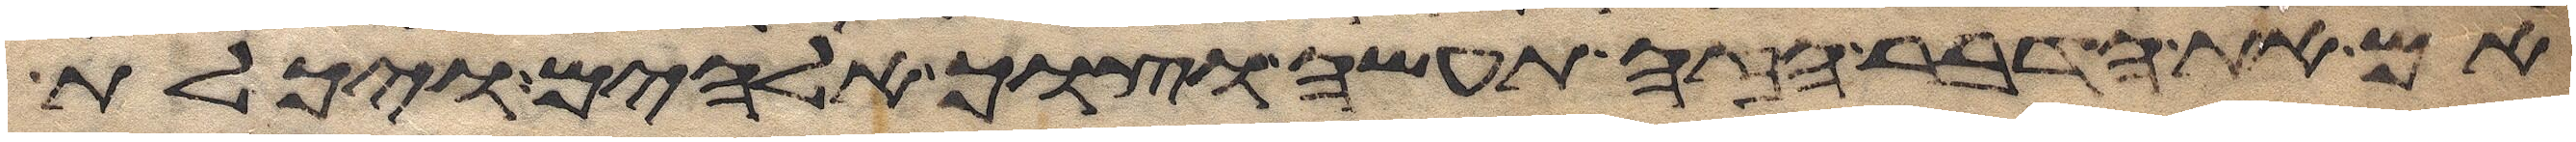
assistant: אם את הדבר הזה תעשה וצוך אלהים ויכלת